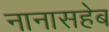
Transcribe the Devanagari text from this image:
नानासहेब